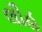
લૌહ